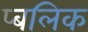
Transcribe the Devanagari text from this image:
प्बलिक